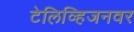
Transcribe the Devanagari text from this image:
टेलिव्हिजनवर